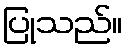
ပြုသည်။